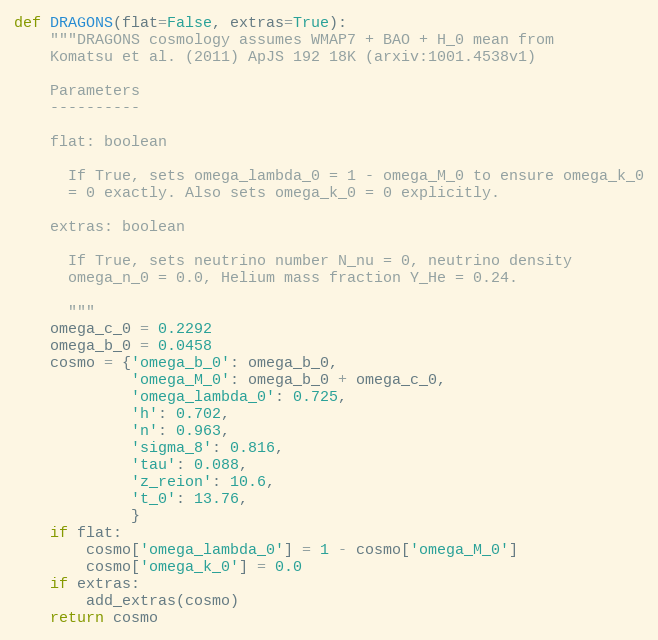
Language: Python
def DRAGONS(flat=False, extras=True):
    """DRAGONS cosmology assumes WMAP7 + BAO + H_0 mean from
    Komatsu et al. (2011) ApJS 192 18K (arxiv:1001.4538v1)

    Parameters
    ----------

    flat: boolean

      If True, sets omega_lambda_0 = 1 - omega_M_0 to ensure omega_k_0
      = 0 exactly. Also sets omega_k_0 = 0 explicitly.

    extras: boolean

      If True, sets neutrino number N_nu = 0, neutrino density
      omega_n_0 = 0.0, Helium mass fraction Y_He = 0.24.

      """
    omega_c_0 = 0.2292
    omega_b_0 = 0.0458
    cosmo = {'omega_b_0': omega_b_0,
             'omega_M_0': omega_b_0 + omega_c_0,
             'omega_lambda_0': 0.725,
             'h': 0.702,
             'n': 0.963,
             'sigma_8': 0.816,
             'tau': 0.088,
             'z_reion': 10.6,
             't_0': 13.76,
             }
    if flat:
        cosmo['omega_lambda_0'] = 1 - cosmo['omega_M_0']
        cosmo['omega_k_0'] = 0.0
    if extras:
        add_extras(cosmo)
    return cosmo